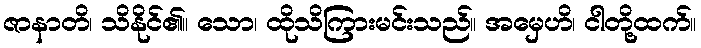
ဇာနာတိ၊ သိနိုင်၏။ သော၊ ထိုသိကြားမင်းသည်။ အမှေဟိ၊ ငါတို့ထက်။